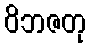
ဝိဘဇတု